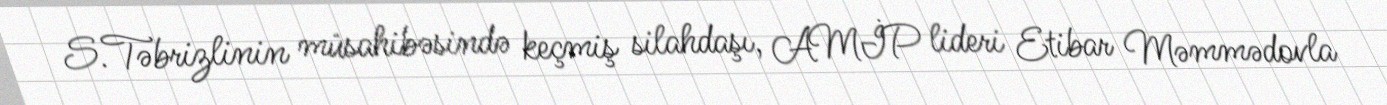
S.Təbrizlinin müsahibəsində keçmiş silahdaşı, AMİP lideri Etibar Məmmədovla